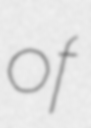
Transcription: of